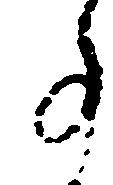
事